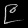
Digit: ၉